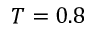
T = 0 . 8